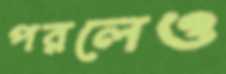
পরলেও